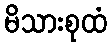
မိသားစုထံ